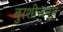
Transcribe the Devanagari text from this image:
बुरशीजन्य